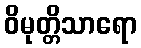
ဝိမုတ္တိသာရော